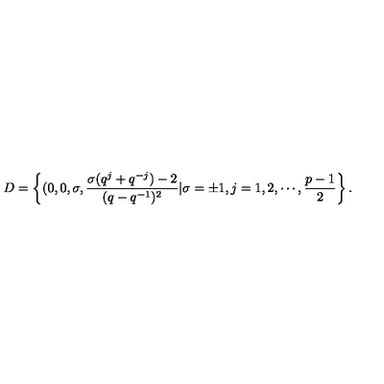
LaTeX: D = \left\{ ( 0 , 0 , \sigma , \frac { \sigma ( q ^ { j } + q ^ { - j } ) - 2 } { ( q - q ^ { - 1 } ) ^ { 2 } } \vert \sigma = \pm 1 , j = 1 , 2 , \cdots , \frac { p - 1 } { 2 } \right\} .